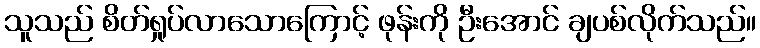
သူသည် စိတ်ရှုပ်လာသောကြောင့် ဖုန်းကို ဦးအောင် ချပစ်လိုက်သည်။